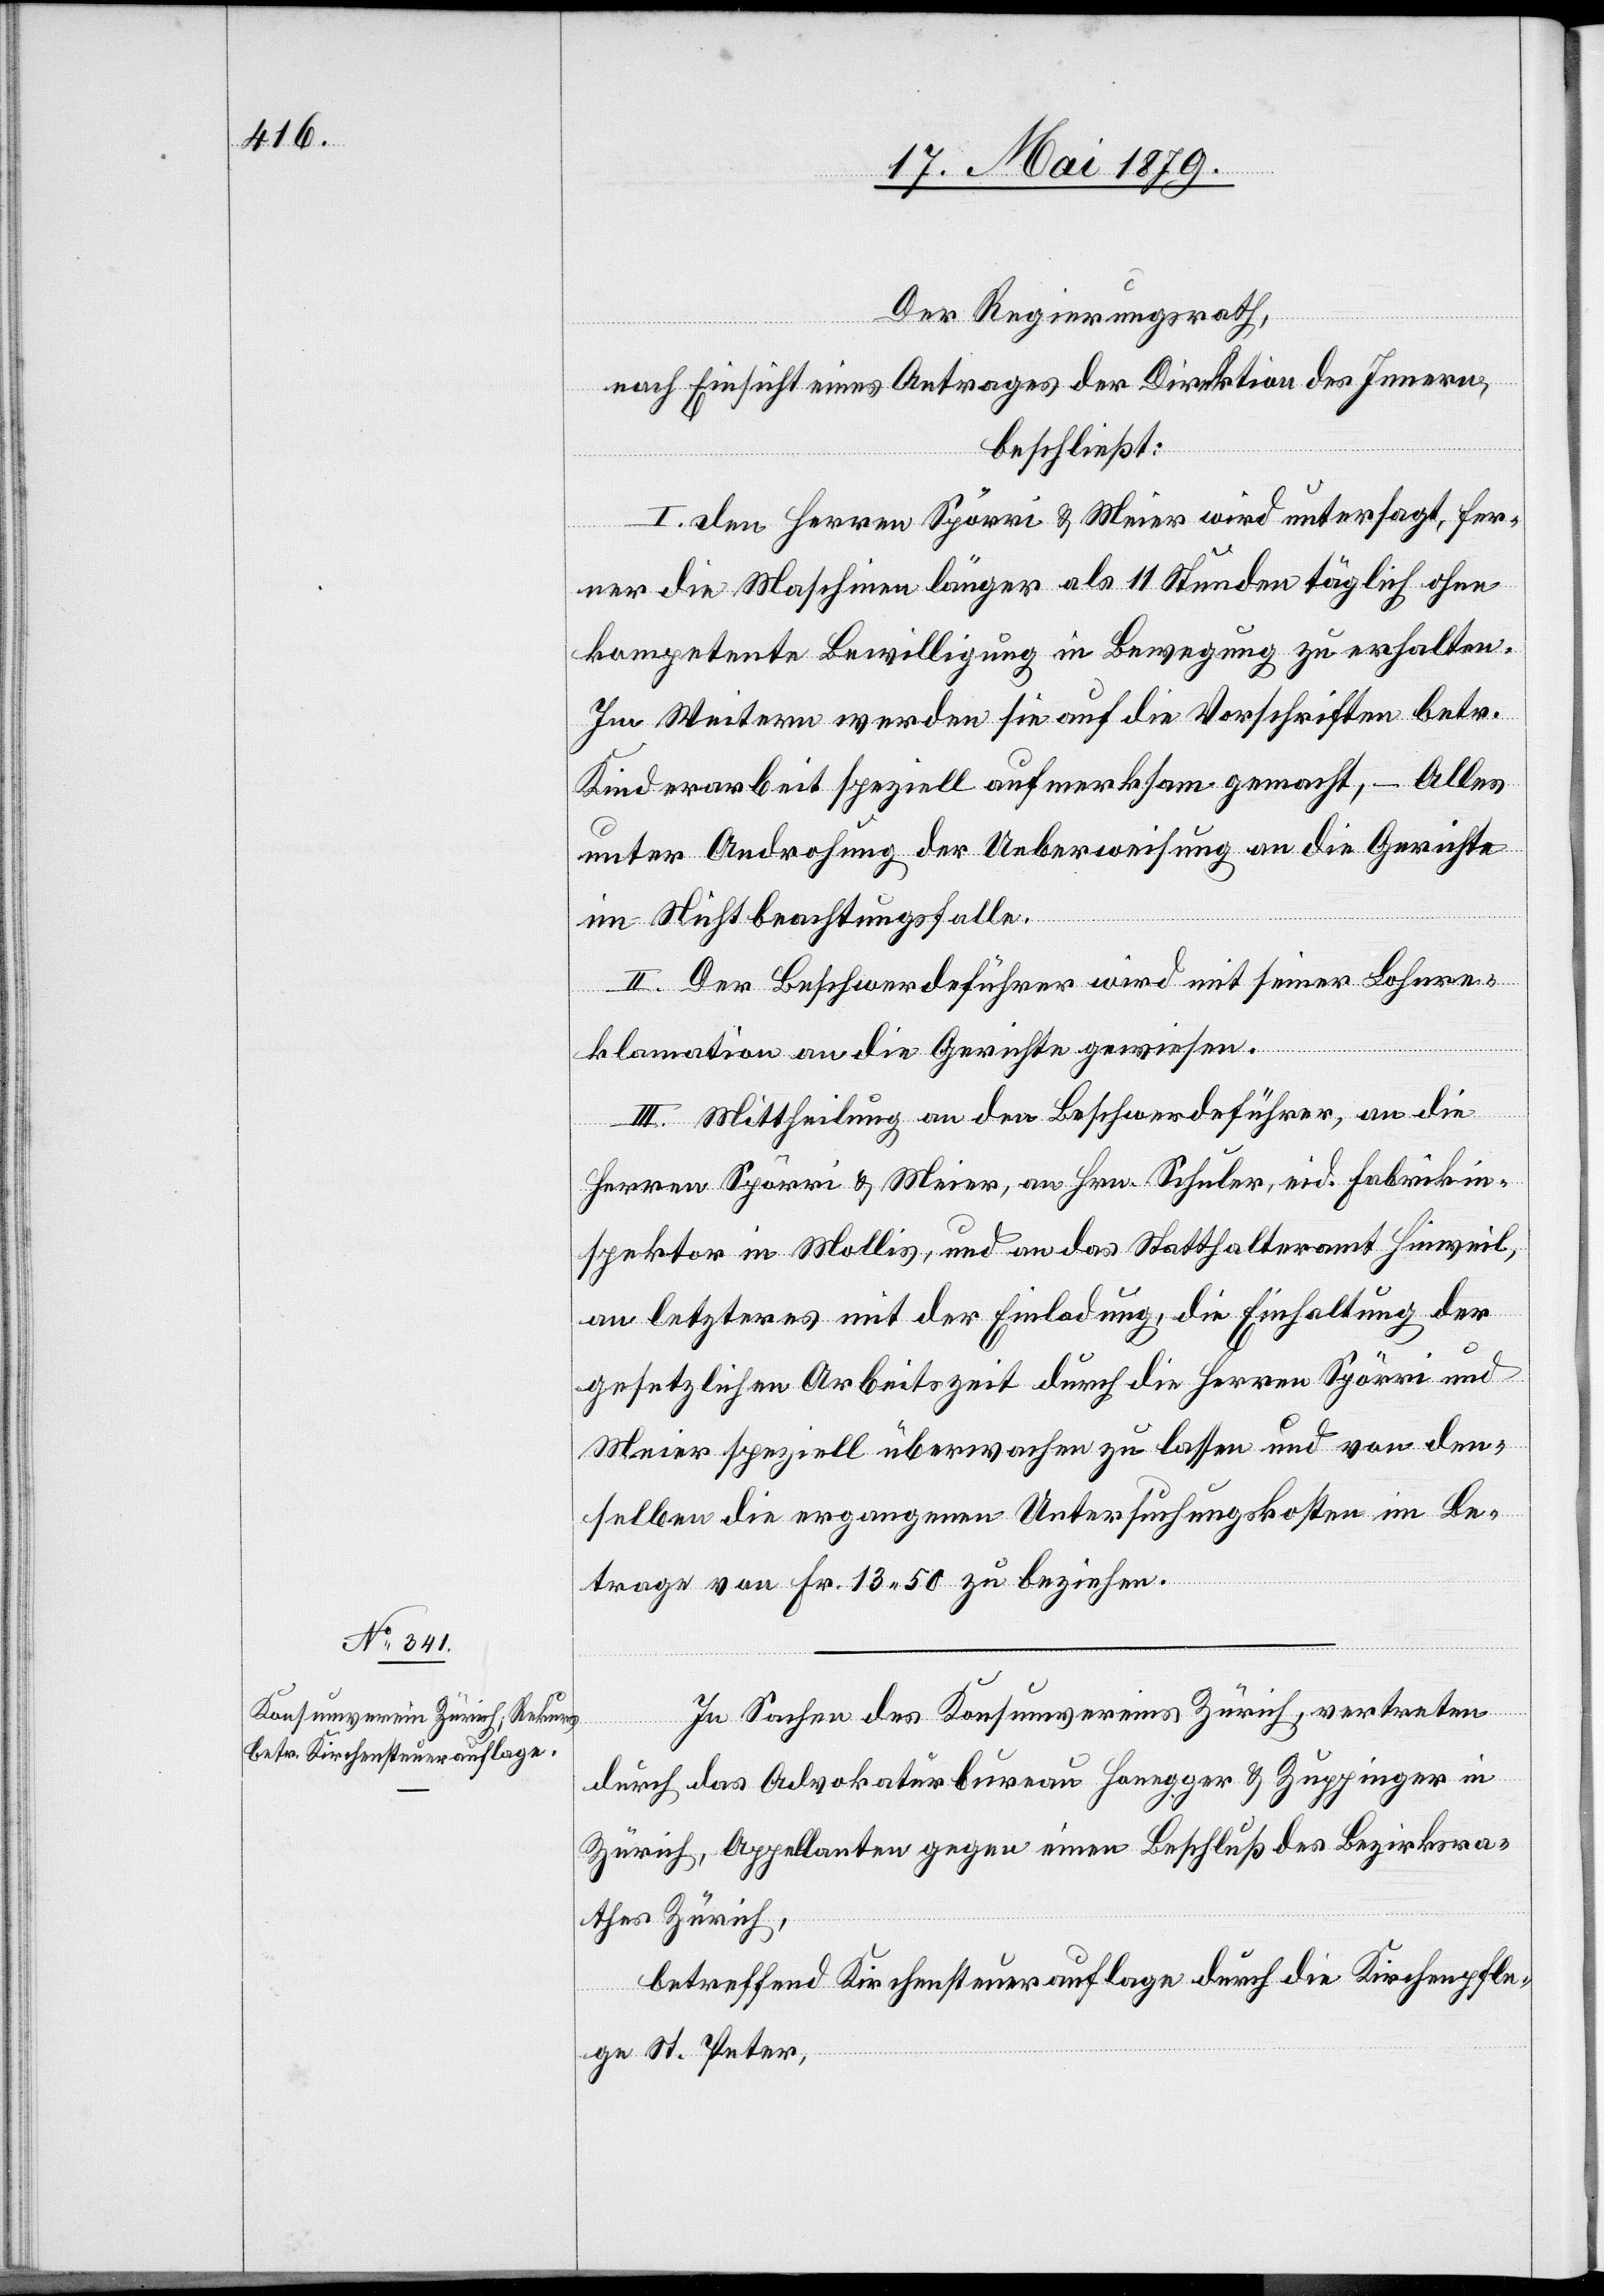
Der Regierungsrath,
nach Einsicht eines Antrages der Direktion des Innern,
beschließt:
I. Den Herren Spörri & Meier wird untersagt, fer¬
ner die Maschinen länger als 11 Stunden täglich ohne
kompetente Bewilligung in Bewegung zu erhalten.
Im Weitern werden sie auf die Vorschriften betr.
Kinderarbeit speziell aufmerksam gemacht, – Alles
unter Androhung der Ueberweisung an die Gerichte
im Nichtbeachtungsfalle.
II. Der Beschwerdeführer wird mit seiner Lohnre¬
klamation an die Gerichte gewiesen.
III. Mittheilung an den Beschwerdeführer, an die
Herren Spörri & Meier, an Hrn. Schuler, eid. Fabrikin¬
spektor in Mollis, und an das Statthalteramt Hinweil,
an letzteres mit der Einladung, die Einhaltung der
gesetzlichen Arbeitszeit durch die Herren Spörri und
Meier speziell überwachen zu lassen und von den¬
selben die ergangenen Untersuchungskosten im Be¬
trage von Fr. 13 50 zu beziehen.
In Sachen des Konsumvereins Zürich, vertreten
durch das Advokaturbureau Honegger & Zuppinger in
Zürich, Appellanten gegen einen Beschluß des Bezirksra¬
thes Zürich,
betreffend Kirchensteuerauflage durch die Kirchenpfle¬
ge St. Peter,